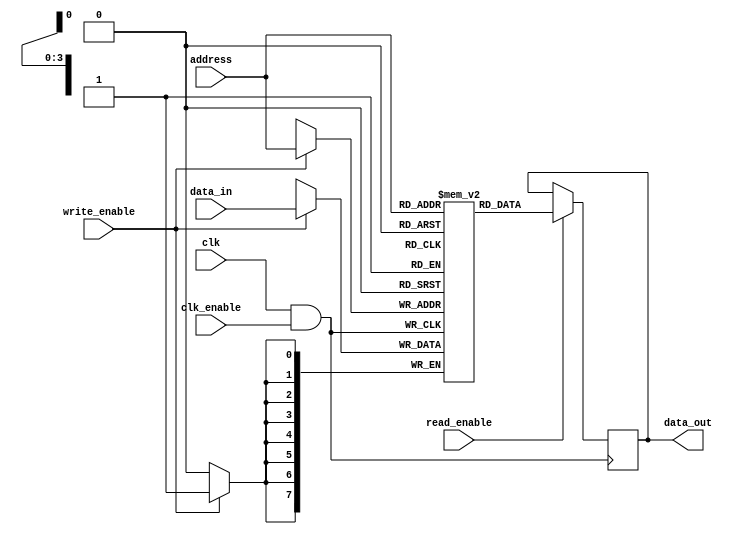
module memory_block (
    input wire clk,             // Global clock signal
    input wire clk_enable,      // Clock enable signal
    input wire [7:0] data_in,   // Data input
    input wire [3:0] address,    // Address input
    input wire read_enable,      // Read enable signal
    input wire write_enable,     // Write enable signal
    output reg [7:0] data_out    // Data output
);

    // Memory array (e.g., 16 x 8 SRAM)
    reg [7:0] memory [0:15];

    // Internal clock signal after gating
    wire gated_clk;

    // Clock Gating Logic using an AND gate (simple representation)
    assign gated_clk = clk & clk_enable;

    always @(posedge gated_clk) begin
        // Memory write operation
        if (write_enable) begin
            memory[address] <= data_in;
        end
    end

    always @(posedge gated_clk) begin
        // Memory read operation
        if (read_enable) begin
            data_out <= memory[address];
        end
    end

endmodule